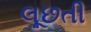
લૂછતી